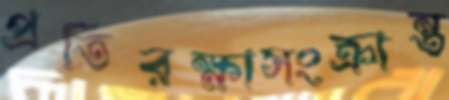
প্রতিরক্ষাসংক্রান্ত